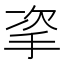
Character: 𢫴